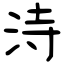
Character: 洔